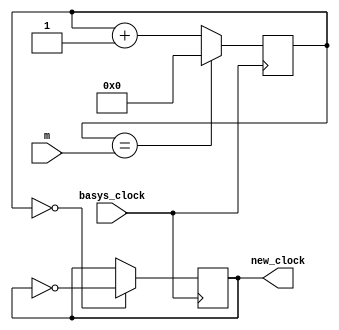
`timescale 1ns / 1ps
//////////////////////////////////////////////////////////////////////////////////
// Company: 
// Engineer: 
// 
// Design Name: 
// Module Name: clcock_divider
// Project Name: 
// Target Devices: 
// Tool Versions: 
// Description: 
// 
// Dependencies: 
// 
// Revision:
// Revision 0.01 - File Created
// Additional Comments:
// 
//////////////////////////////////////////////////////////////////////////////////


module clock_divider(input basys_clock, output reg new_clock=0,input [31:0] m);

      reg [31:0] count=0;
      
      always @ (posedge basys_clock)
      begin
      count <= (count == m)? 0 : count+1;
      new_clock <= (count == 0)? ~new_clock : new_clock;
      end
      
endmodule